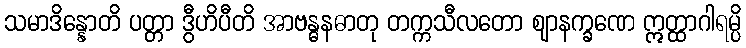
သမာဒိန္နောတိ ပတ္တာ ဒွီဟိပီတိ အာဗန္ဓနဓာတု တက္ကသီလတော ဈာနက္ခဏေ ဣတ္ထာဂါရမ္ပိ